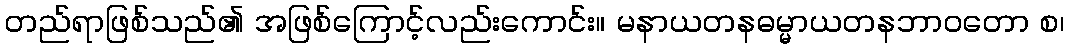
တည်ရာဖြစ်သည်၏ အဖြစ်ကြောင့်လည်းကောင်း။ မနာယတနဓမ္မာယတနဘာဝတော စ၊